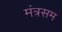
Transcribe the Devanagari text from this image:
मंत्रसम